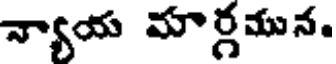
న్యాయ మార్గమున.